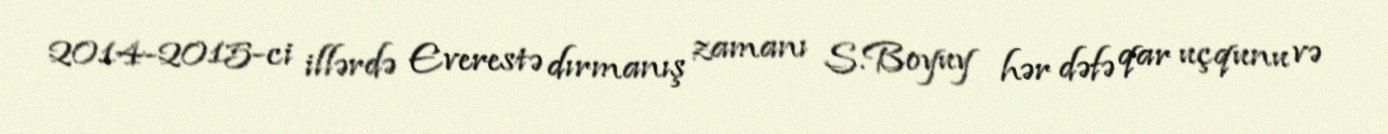
2014-2015-ci illərdə Everestə dırmanış zamanı S.Boyuy hər dəfə qar uçqunu və